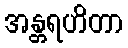
အန္တရဟိတာ